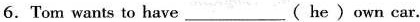
6.Tom wants to have___( he )own car.